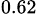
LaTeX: _{0.62}